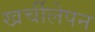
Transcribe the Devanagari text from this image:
खर्चीलेपन